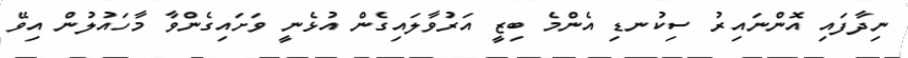
ނިދާފައި އޮންނައިރު ސިކުނޑި އެންމެ ބިޒީ އަރުވާލައިގެން އުޅެނީ ވަށައިގެންވާ މާހައުލުން އިވޭ